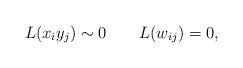
LaTeX: \begin{align*}L(x_iy_j)\sim 0 \qquad L(w_{ij})=0,\end{align*}